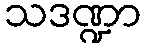
သဒဏ္ဍာ